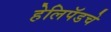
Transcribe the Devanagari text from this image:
हेलिपॅडचे